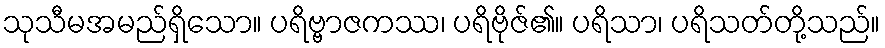
သုသီမအမည်ရှိသော။ ပရိဗ္ဗာဇကဿ၊ ပရိဗိုဇ်၏။ ပရိသာ၊ ပရိသတ်တို့သည်။